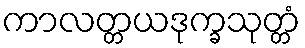
ကာလတ္တယဒုက္ခသုတ္တံ